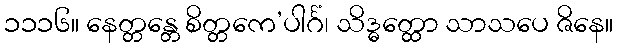
၁၁၁၆။ နေတ္တန္တေ စိတ္တကေ’ပါင်္ဂံ၊ သိဒ္ဓတ္ထော သာသပေ ဇိနေ။